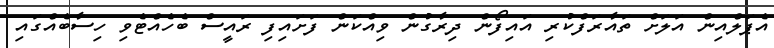
އެޕަލްއިން އަލަށް ތައާރަފްކުރި އައިފޯން ދިރާގުން ވިއްކަން ފަށައިފި ރައީސް ބެހެއްޓެވި ހިސާބެއްގައި